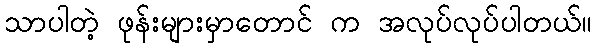
သာပါတဲ့ ဖုန်းများမှာတောင် က အလုပ်လုပ်ပါတယ်။